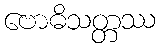
ဗောဓိသတ္တဿ